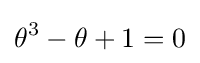
\theta ^{3}-\theta +1=0